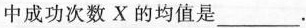
中成功次数X的均值是___.